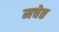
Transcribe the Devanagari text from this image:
मचेत